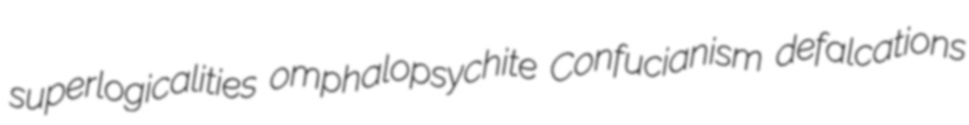
superlogicalities omphalopsychite Confucianism defalcations